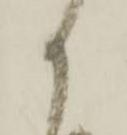
か